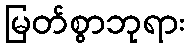
မြတ်စွာဘုရား